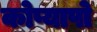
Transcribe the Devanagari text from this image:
कोप्यापो